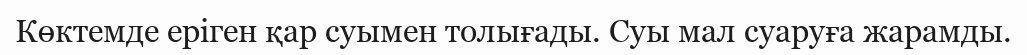
Көктемде еріген қар суымен толығады. Суы мал суаруға жарамды.